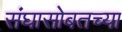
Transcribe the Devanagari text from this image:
संघासोबतच्या